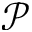
\mathcal { P }